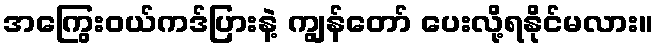
အကြွေးဝယ်ကဒ်ပြားနဲ့ ကျွန်တော် ပေးလို့ရနိုင်မလား။